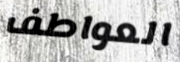
العواطف